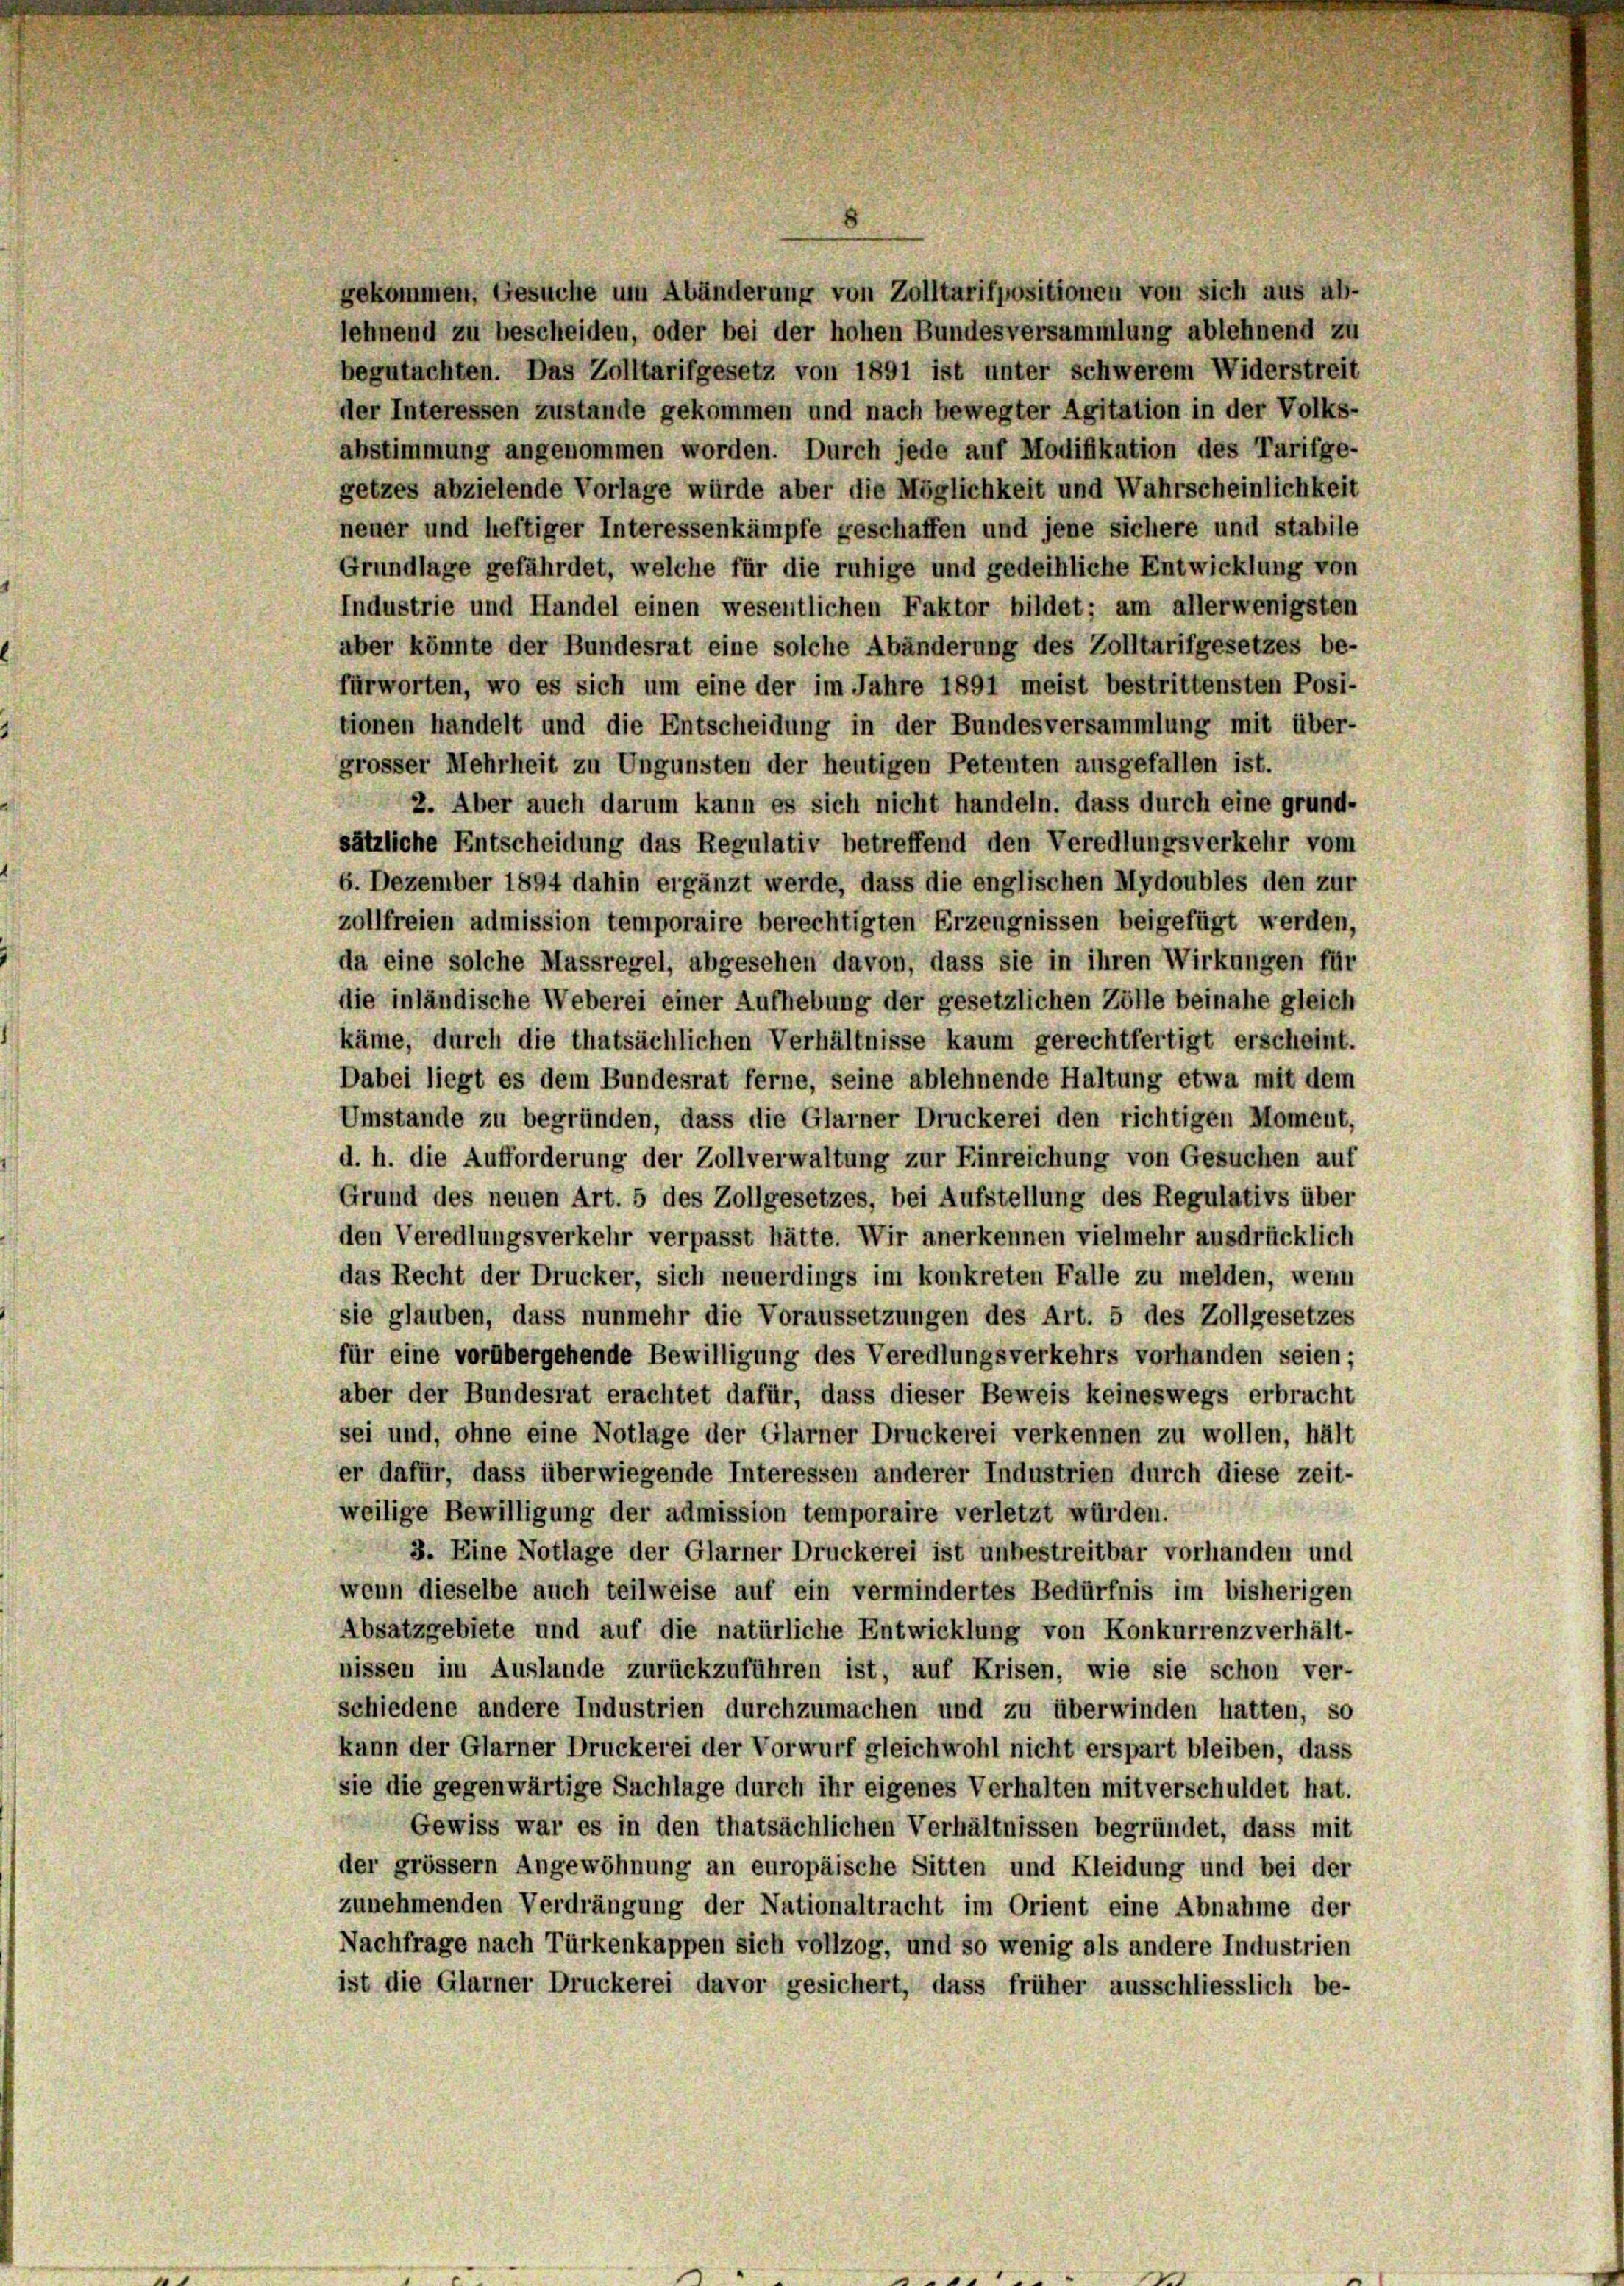
gekommen, Gesuche um Abänderung von Zolltarifpositionen von sich aus ab-
lehnend zu bescheiden, oder bei der hohen Bundesversammlung ablehnend zu
begutachten. Das Zolltarifgesetz von 1891 ist unter schwerem Widerstreit
der Interessen zustände gekommen und nach bewegter Agitation in der Volks-
abstimmung angenommen worden. Durch jede auf Modifikation des Tarifge-
getzes abzielende Vorlage würde aber die Möglichkeit und Wahrscheinlichkeit
neuer und heftiger Interessenkämpfe geschaffen und jene sichere und stabile
Grundlage gefährdet, welche für die ruhige und gedeihliche Entwicklung von
Industrie und Handel einen wesentlichen Faktor bildet; am allerwenigsten
aber könnte der Bundesrat eine solche Abänderung des Zolltarifgesetzes be-
fürworten, wo es sich um eine der im Jahre 1891 meist bestrittensten Posi-
tionen handelt und die Entscheidung in der Bundesversammlung mit über-
grosser Mehrheit zu Ungunsten der heutigen Petenten ausgefallen ist.
2. Aber auch darum kann es sich nicht handeln, dass durch eine grund-
sätzliche Entscheidung das Regulativ betreffend den Veredlungsverkehr vom
6. Dezember 1894 dahin ergänzt werde, dass die englischen Mydoubles den zur
zollfreien admission temporaire berechtigten Erzeugnissen beigefügt werden,
da eine solche Massregel, abgesehen davon, dass sie in ihren Wirkungen für
die inländische Weberei einer Aufhebung der gesetzlichen Zölle beinahe gleich
käme, durch die thatsächlichen Verhältnisse kaum gerechtfertigt erscheint.
Dabei liegt es dem Bundesrat ferne, seine ablehnende Haltung etwa mit dem
Umstände zu begründen, dass die Glarner Druckerei den richtigen Moment,
d. h. die Aufforderung der Zollverwaltung zur Einreichung von Gesuchen auf
Grund des neuen Art. 5 des Zollgesetzes, bei Aufstellung des Regulativs über
den Veredlungsverkehr verpasst hätte. Wir anerkennen vielmehr ausdrücklich
das Recht der Drucker, sich neuerdings im konkreten Falle zu melden, wenn
sie glauben, dass nunmehr die Voraussetzungen des Art. 5 des Zollgesetzes
für eine vorübergehende Bewilligung des Veredlungsverkehrs vorhanden seien;
aber der Bundesrat erachtet dafür, dass dieser Beweis keineswegs erbracht
sei und, ohne eine Notlage der Glarner Druckerei verkennen zu wollen, hält
er dafür, dass überwiegende Interessen anderer Industrien durch diese zeit-
weilige Bewilligung der admission temporaire verletzt würden.
3. Eine Notlage der Glarner Druckerei ist unbestreitbar vorhanden und
wenn dieselbe auch teilweise auf ein vermindertes Bedürfnis im bisherigen
Absatzgebiete und auf die natürliche Entwicklung von Konkurrenzverhält-
nissen im Auslande zurückzuführen ist, auf Krisen, wie sie schon ver-
schiedene andere Industrien durchzumachen und zu überwinden hatten, so
kann der Glarner Druckerei der Vorwurf gleichwohl nicht erspart bleiben, dass
sie die gegenwärtige Sachlage durch ihr eigenes Verhalten mit verschuldet hat.
Gewiss war es in den thatsächlichen Verhältnissen begründet, dass mit
der grossem Angewöhnung an europäische Sitten und Kleidung und bei der
zunehmenden Verdrängung der Nationaltracht im Orient eine Abnahme der
Nachfrage nach Türkenkappen sich vollzog, und so wenig als andere Industrien
ist die Glarner Druckerei davor gesichert, dass früher ausschliesslich be-